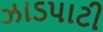
ઝાડપાટી